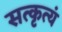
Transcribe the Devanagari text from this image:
सत्कृत्यं